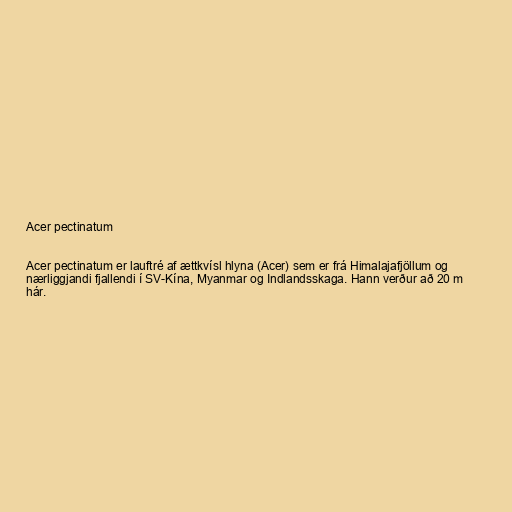
Acer pectinatum

Acer pectinatum er lauftré af ættkvísl hlyna (Acer) sem er frá Himalajafjöllum og
nærliggjandi fjallendi í SV-Kína, Myanmar og Indlandsskaga. Hann verður að 20 m
hár.